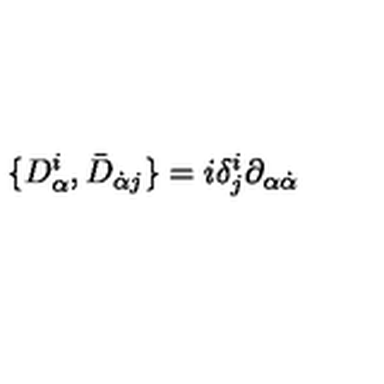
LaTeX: \{ D _ { \alpha } ^ { i } , \bar { D } _ { \dot { \alpha } j } \} = i \delta _ { j } ^ { i } \partial _ { \alpha \dot { \alpha } }